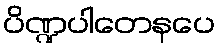
ပိဏ္ဍပါတေနပေ